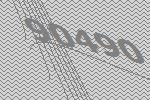
90490